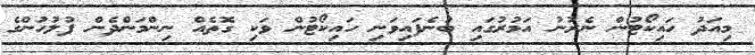
މިއަދު ހައިކޯޓުން ނެރުނު އަމުރުގައި ބުނެފައިވަނި ހައިކޯޓުން ވަކި ގޮތެއް ނިންމަންދެން ފުލުހުންގެ